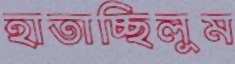
হাতাচ্ছিলুম